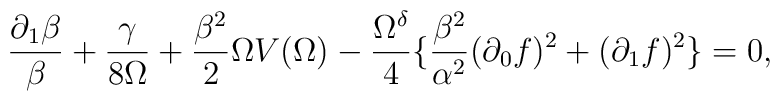
\frac{\partial_1 \beta}{\beta} + \frac{\gamma}{8\Omega}+ \frac{\beta^2}{2} \Omega V(\Omega ) -\frac{\Omega^{\delta}}{4} \{ \frac{\beta^2}{\alpha^2} (\partial_0f )^2 + (\partial_1 f )^2 \} = 0 ,